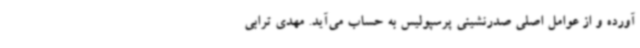
آورده و از عوامل اصلی صدرنشینی پرسپولیس به حساب می‌آید. مهدی ترابی